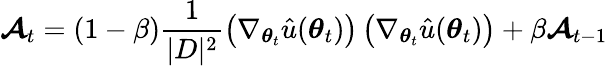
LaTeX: \boldsymbol{\mathcal{A}}_{t}=(1-\beta)\frac{{1}}{{|D|^{2}}}\left(\nabla_{\boldsymbol{\theta}_{t}}\hat{{u}}(\boldsymbol{\theta}_{t})\right)\left(\nabla_{\boldsymbol{\theta}_{t}}\hat{{u}}(\boldsymbol{\theta}_{t})\right)+\beta\boldsymbol{\mathcal{A}}_{t-1}